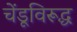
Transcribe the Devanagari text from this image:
चेंडूविरूद्ध